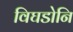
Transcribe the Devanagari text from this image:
विघडोनि